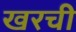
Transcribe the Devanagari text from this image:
खरची